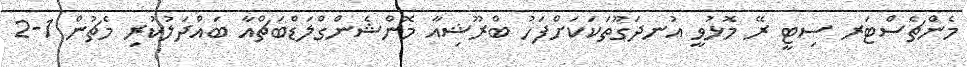
މެންޗެސްޓަރ ސިޓީ ރޭ މޮޅުވީ އުނދަގޫތަކަކަށްފަހު ބްރޫޝިއާ މޮންޝެންގްލަޑްބަޗްއާ ބައްދަލުކުރި މެޗުން 1-2